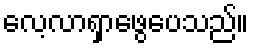
လေ့လာရှာဖွေပေသည်။